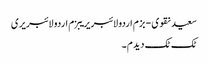
سعید نقوی - بزم اردو لائبریریبزم اردو لائبریری
ٹک ٹک دیدم ۔